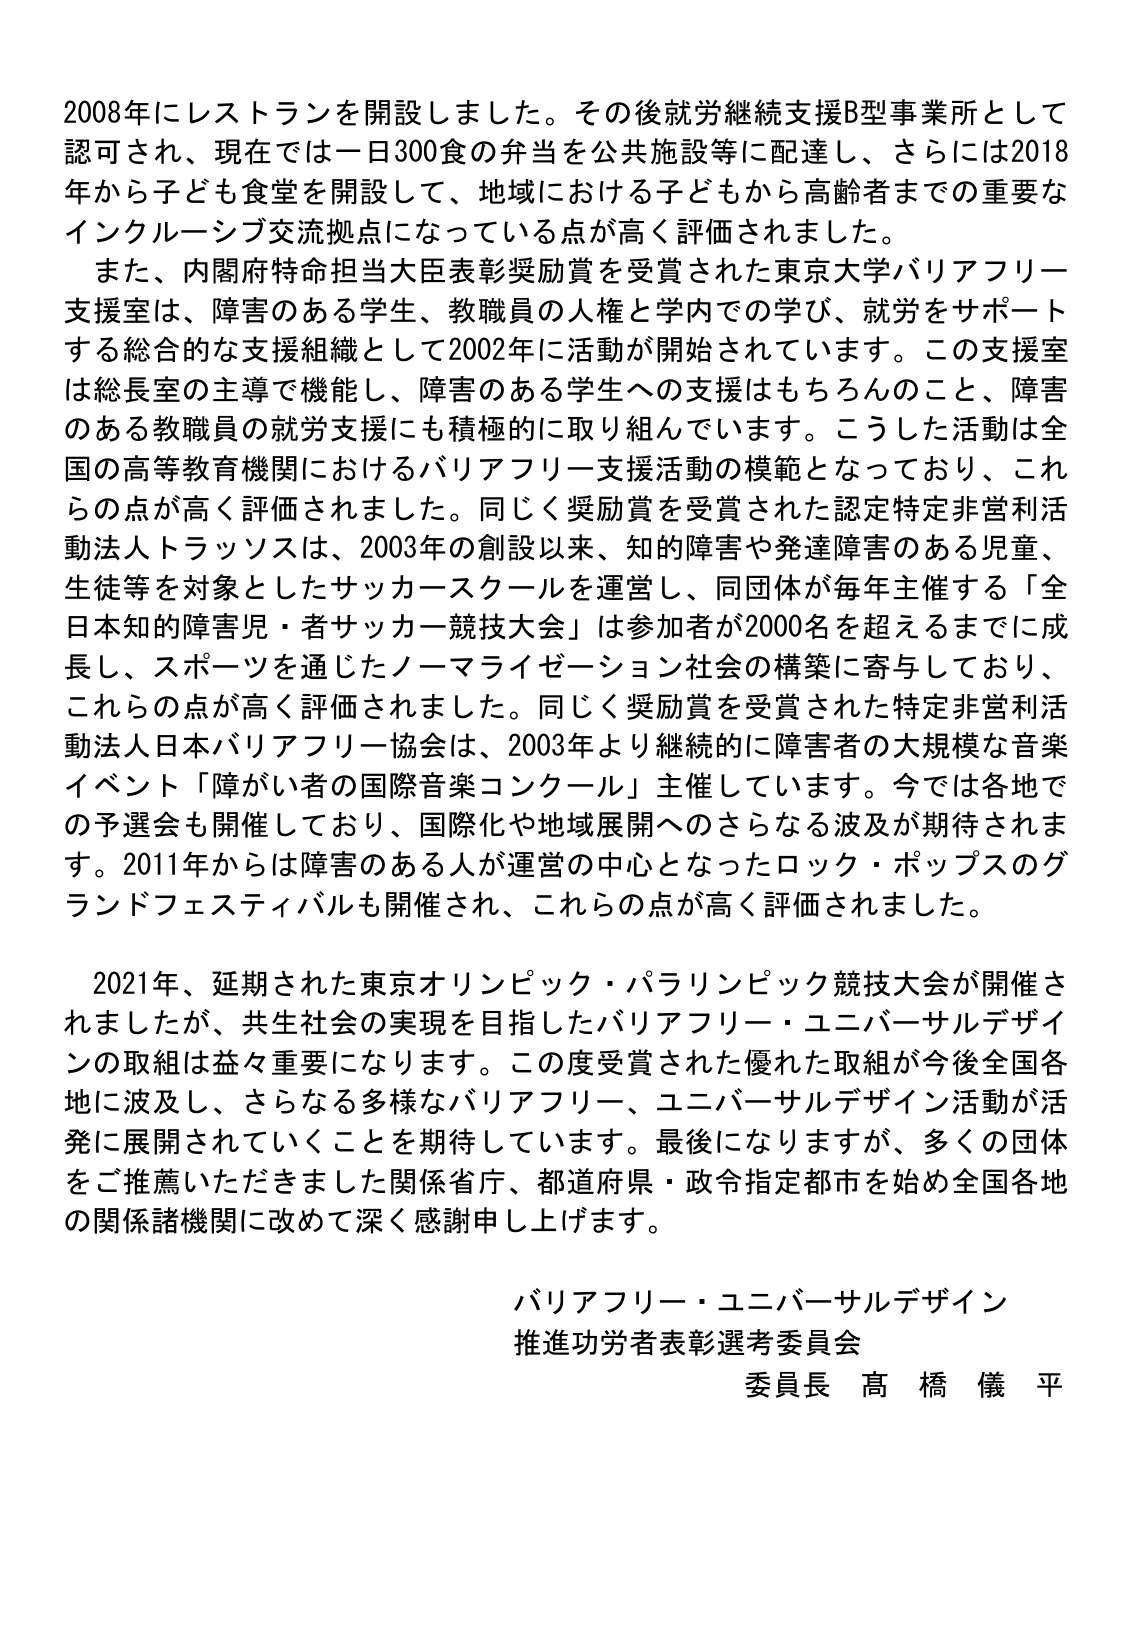
2008年にレストランを開設しました。その後就労継続支援B型事業所として認可され、現在では一日300食の弁当を公共施設等に配達し、さらには2018年から子ども食堂を開設して、地域における子どもから高齢者までの重要なインクルーシブ交流拠点になっている点が高く評価されました。

また、内閣府特命担当大臣表彰奨励賞を受賞された東京大学バリアフリー支援室は、障害のある学生、教職員の人権と学内での学び、就労をサポートする総合的な支援組織として2002年に活動が開始されています。この支援室は総長室の主導で機能し、障害のある学生への支援はもちろんのこと、障害のある教職員の就労支援にも積極的に取り組んでいます。こうした活動は全国の高等教育機関におけるバリアフリー支援活動の模範となっており、これらの点が高く評価されました。同じく奨励賞を受賞された認定特定非営利活動法人トラッソスは、2003年の創設以来、知的障害や発達障害のある児童、生徒等を対象としたサッカースクールを運営し、同団体が毎年主催する「全日本知的障害児・者サッカー競技大会」は参加者が2000名を超えるまでに成長し、スポーツを通じたノーマライゼーション社会の構築に寄与しており、これらの点が高く評価されました。同じく奨励賞を受賞された特定非営利活動法人日本バリアフリー協会は、2003年より継続的に障害者の大規模な音楽イベント「障がい者の国際音楽コンクール」主催しています。今では各地での予選会も開催しており、国際化や地域展開へのさらなる波及が期待されます。2011年からは障害のある人が運営の中心となったロック・ポップスのグランドフェスティバルも開催され、これらの点が高く評価されました。

2021年、延期された東京オリンピック・パラリンピック競技大会が開催されましたが、共生社会の実現を目指したバリアフリー・ユニバーサルデザインの取組は益々重要になります。この度受賞された優れた取組が今後全国各地に波及し、さらなる多様なバリアフリー、ユニバーサルデザイン活動が活発に展開されていくことを期待しています。最後になりますが、多くの団体をご推薦いただきました関係省庁、都道府県・政令指定都市を始め全国各地の関係諸機関に改めて深く感謝申し上げます。

バリアフリー・ユニバーサルデザイン
推進功労者表彰選考委員会
委員長 高橋儀平